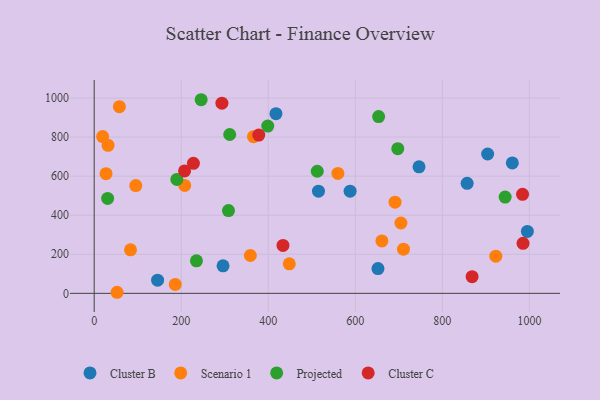
{"axis": {"x": "Study Hours", "y": "Fuel Efficiency"}, "legend": ["Cluster B", "Cluster C", "Projected", "Scenario 1"], "data": [{"x": "652.1", "y": 126.7, "type": "Cluster B"}, {"x": "857.0", "y": 563.2, "type": "Cluster B"}, {"x": "515.4", "y": 523.3, "type": "Cluster B"}, {"x": "995.4", "y": 317.0, "type": "Cluster B"}, {"x": "296.1", "y": 140.8, "type": "Cluster B"}, {"x": "417.7", "y": 920.1, "type": "Cluster B"}, {"x": "904.1", "y": 713.4, "type": "Cluster B"}, {"x": "960.8", "y": 667.8, "type": "Cluster B"}, {"x": "746.4", "y": 648.0, "type": "Cluster B"}, {"x": "145.7", "y": 67.4, "type": "Cluster B"}, {"x": "588.1", "y": 522.9, "type": "Cluster B"}, {"x": "27.2", "y": 612.9, "type": "Scenario 1"}, {"x": "208.0", "y": 552.4, "type": "Scenario 1"}, {"x": "922.9", "y": 190.2, "type": "Scenario 1"}, {"x": "52.6", "y": 5.5, "type": "Scenario 1"}, {"x": "19.4", "y": 802.6, "type": "Scenario 1"}, {"x": "661.1", "y": 268.6, "type": "Scenario 1"}, {"x": "710.7", "y": 226.2, "type": "Scenario 1"}, {"x": "691.3", "y": 467.0, "type": "Scenario 1"}, {"x": "57.9", "y": 956.0, "type": "Scenario 1"}, {"x": "31.9", "y": 757.7, "type": "Scenario 1"}, {"x": "186.3", "y": 45.5, "type": "Scenario 1"}, {"x": "448.3", "y": 151.1, "type": "Scenario 1"}, {"x": "704.8", "y": 360.3, "type": "Scenario 1"}, {"x": "358.8", "y": 193.7, "type": "Scenario 1"}, {"x": "83.5", "y": 222.6, "type": "Scenario 1"}, {"x": "95.6", "y": 551.8, "type": "Scenario 1"}, {"x": "366.0", "y": 802.2, "type": "Scenario 1"}, {"x": "560.0", "y": 614.0, "type": "Scenario 1"}, {"x": "30.9", "y": 485.9, "type": "Projected"}, {"x": "311.4", "y": 813.4, "type": "Projected"}, {"x": "308.6", "y": 423.7, "type": "Projected"}, {"x": "653.6", "y": 905.1, "type": "Projected"}, {"x": "398.8", "y": 856.3, "type": "Projected"}, {"x": "697.6", "y": 740.8, "type": "Projected"}, {"x": "245.8", "y": 991.4, "type": "Projected"}, {"x": "512.6", "y": 625.1, "type": "Projected"}, {"x": "190.0", "y": 583.1, "type": "Projected"}, {"x": "235.0", "y": 166.7, "type": "Projected"}, {"x": "944.3", "y": 492.7, "type": "Projected"}, {"x": "378.2", "y": 810.4, "type": "Cluster C"}, {"x": "207.7", "y": 626.9, "type": "Cluster C"}, {"x": "868.4", "y": 85.5, "type": "Cluster C"}, {"x": "985.4", "y": 256.2, "type": "Cluster C"}, {"x": "433.8", "y": 245.3, "type": "Cluster C"}, {"x": "228.0", "y": 665.8, "type": "Cluster C"}, {"x": "293.5", "y": 973.5, "type": "Cluster C"}, {"x": "984.3", "y": 507.2, "type": "Cluster C"}]}